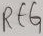
Text: REG